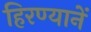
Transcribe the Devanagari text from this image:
हिरण्यानें